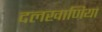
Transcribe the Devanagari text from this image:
दलखाणिया